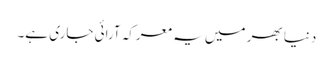
دنیا بھر میں یہ معرکہ آرائی جاری ہے۔